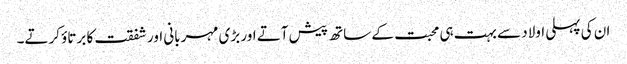
ان کی پہلی اولاد سے بہت ہی محبت کے ساتھ پیش آتے اور بڑی مہربانی اور شفقت کا برتاؤ کرتے۔